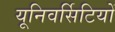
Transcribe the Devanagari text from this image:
यूनिवर्सिटियों